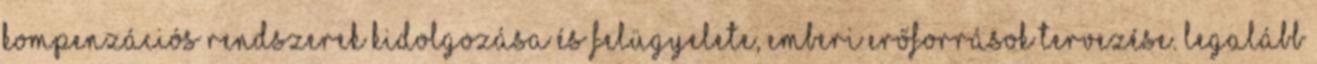
kompenzációs rendszerek kidolgozása és felügyelete, Emberi erőforrások tervezése. Legalább